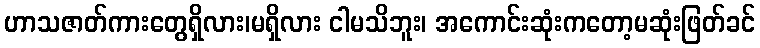
ဟာသဇာတ်ကားတွေရှိလား၊မရှိလား ငါမသိဘူး၊ အကောင်းဆုံးကတော့မဆုံးဖြတ်ခင်